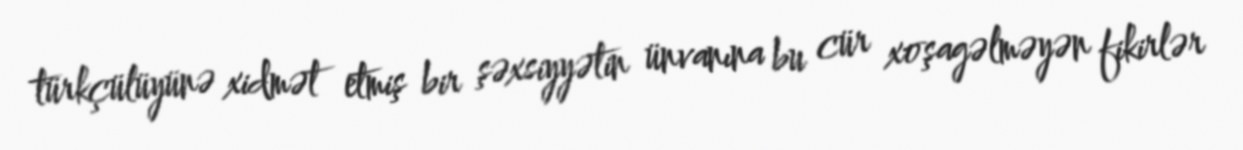
türkçülüyünə xidmət etmiş bir şəxsiyyətin ünvanına bu cür xoşagəlməyən fikirlər